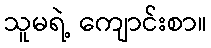
သူမရဲ့ ကျောင်းစာ။